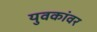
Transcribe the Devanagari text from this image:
युवकांवर